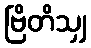
ဗြိတိသျှ